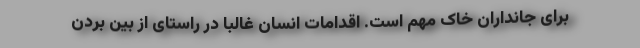
برای جانداران خاک مهم است. اقدامات انسان غالباً در راستای از بین بردن